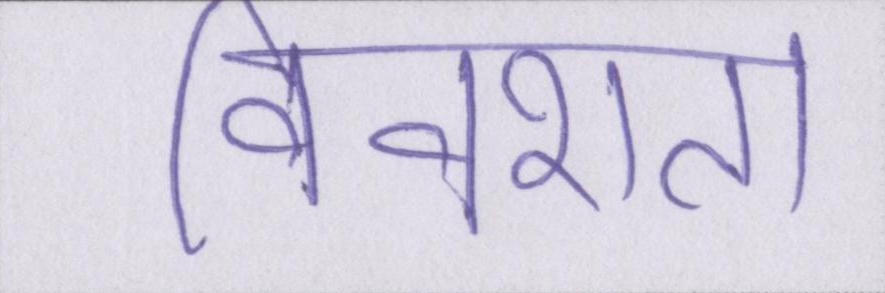
विवशता